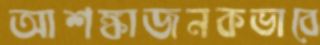
আশঙ্কাজনকভাবে